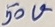
Text: 50V